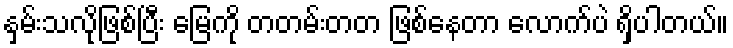
နှမ်းသလိုဖြစ်ပြီး မြေကို တတမ်းတတ ဖြစ်နေတာ လောက်ပဲ ရှိပါတယ်။